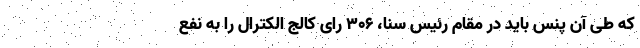
که طی آن پنس باید در مقام رئیس سنا، ۳۰۶ رای کالج الکترال را به نفع